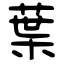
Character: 葉